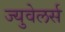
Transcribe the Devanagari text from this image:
ज्युवेलर्स